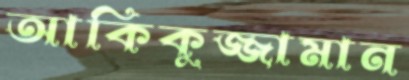
আকিকুজ্জামান